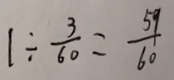
1 \div \frac { 3 } { 6 0 } = \frac { 5 9 } { 6 0 }